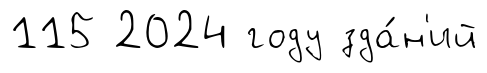
115 2024 году зда́н'ий